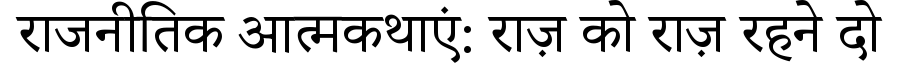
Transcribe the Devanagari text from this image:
राजनीतिक आत्मकथाएं: राज़ को राज़ रहने दो